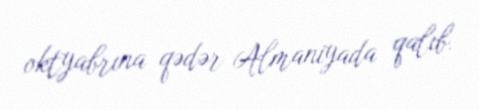
oktyabrına qədər Almaniyada qalıb.